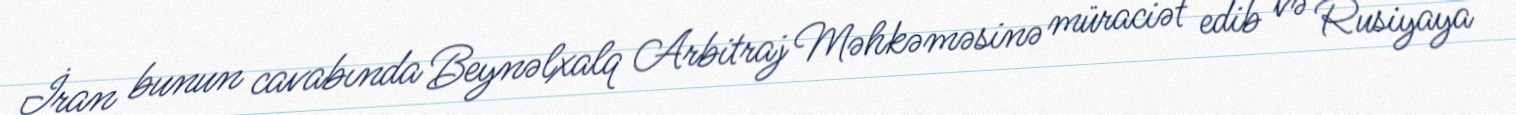
İran bunun cavabında Beynəlxalq Arbitraj Məhkəməsinə müraciət edib və Rusiyaya